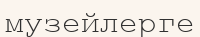
музейлерге